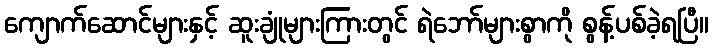
ကျောက်ဆောင်များနှင့် ဆူးချုံများကြားတွင် ရဲဘော်များစွာကို စွန့်ပစ်ခဲ့ရပြီ။